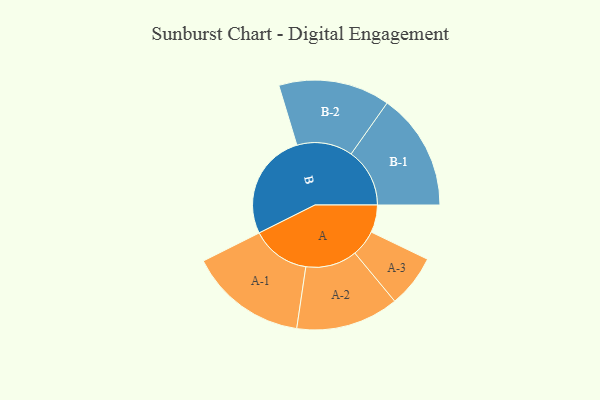
{"axis": {"x": "Segment", "y": "Value"}, "legend": ["", "A", "B"], "data": [{"x": "A", "y": 116, "type": ""}, {"x": "B", "y": 450, "type": ""}, {"x": "A-1", "y": 248, "type": "A"}, {"x": "A-2", "y": 217, "type": "A"}, {"x": "A-3", "y": 111, "type": "A"}, {"x": "B-1", "y": 247, "type": "B"}, {"x": "B-2", "y": 235, "type": "B"}]}